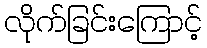
လိုက်ခြင်းကြောင့်